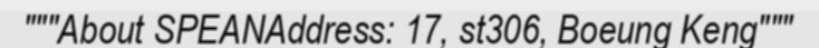
"""About SPEANAddress: 17, st306, Boeung Keng"""